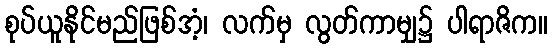
စုပ်ယူနိုင်မည်ဖြစ်အံ့၊ လက်မှ လွတ်ကာမျှ၌ ပါရာဇိက။